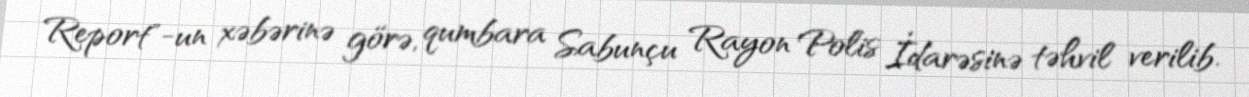
Report"-un xəbərinə görə, qumbara Sabunçu Rayon Polis İdarəsinə təhvil verilib.